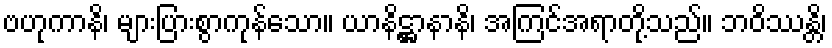
ဗဟုကာနိ၊ များပြားစွာကုန်သော။ ယာနိဋ္ဌာနာနိ၊ အကြင်အရာတို့သည်။ ဘဝိဿန္တိ၊